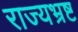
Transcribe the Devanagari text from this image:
राज्यभ्रष्ट